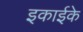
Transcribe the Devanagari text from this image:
इकाईके